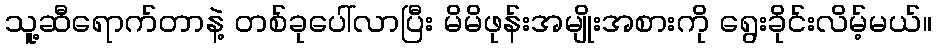
သူ့ဆီရောက်တာနဲ့ တစ်ခုပေါ်လာပြီး မိမိဖုန်းအမျိုးအစားကို ရွေးခိုင်းလိမ့်မယ်။